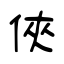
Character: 俠